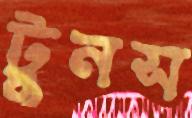
টুনস